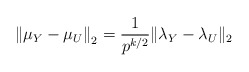
\begin{align*}\left\| \mu_Y - \mu_U \right\|_2& = \frac{1}{p^{k/2}} \| \lambda_Y - \lambda_U \|_2\end{align*}